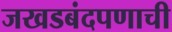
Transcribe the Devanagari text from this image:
जखडबंदपणाची